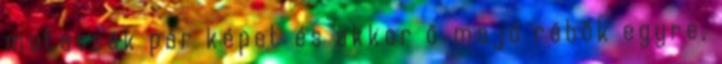
mutassak pár képet és akkor ő majd rábök egyre,